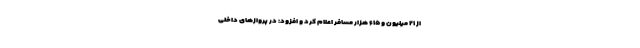
از ۲۱ میلیون و ۶۱۵ هزار مسافر اعلام کرد و افزود: در پروازهای داخلی